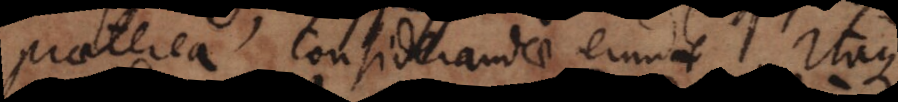
praeterea considerandae erunt. Itaque